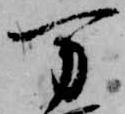
万